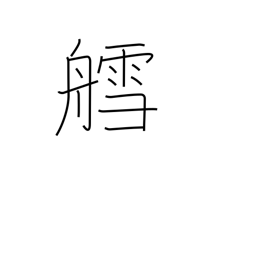
Meaning: sled